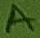
Text: A